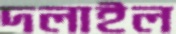
দলাইল